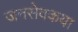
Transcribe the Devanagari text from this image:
जनसेवकया